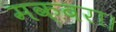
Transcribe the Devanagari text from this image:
मक़बरा।